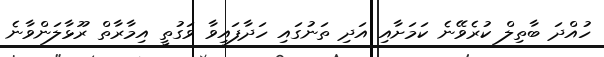
ހުއްދަ ބާތިލް ކުރެވޭނެ ކަމަށާއި އަދި ތަނުގައި ހަދާފައިވާ ވަގުތީ އިމާރާތް ރޫޅާލަންވާނެ